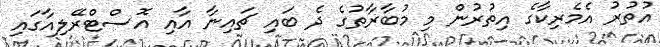
އުތުރު އެމެރިކާގެ އިތުރުން މި މުބާރާތުގެ ދެ ބައި ޗައިނާ އާއި އޮސްޓްރޭލިއާގައި